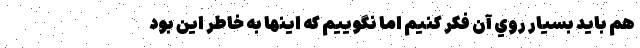
هم بايد بسيار روي آن فكر كنيم اما نگوييم كه اينها به خاطر اين بود